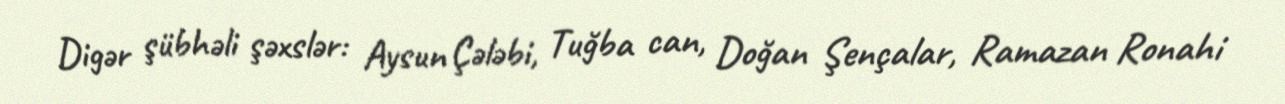
Digər şübhəli şəxslər: Aysun Çələbi, Tuğba can, Doğan Şençalar, Ramazan Ronahi